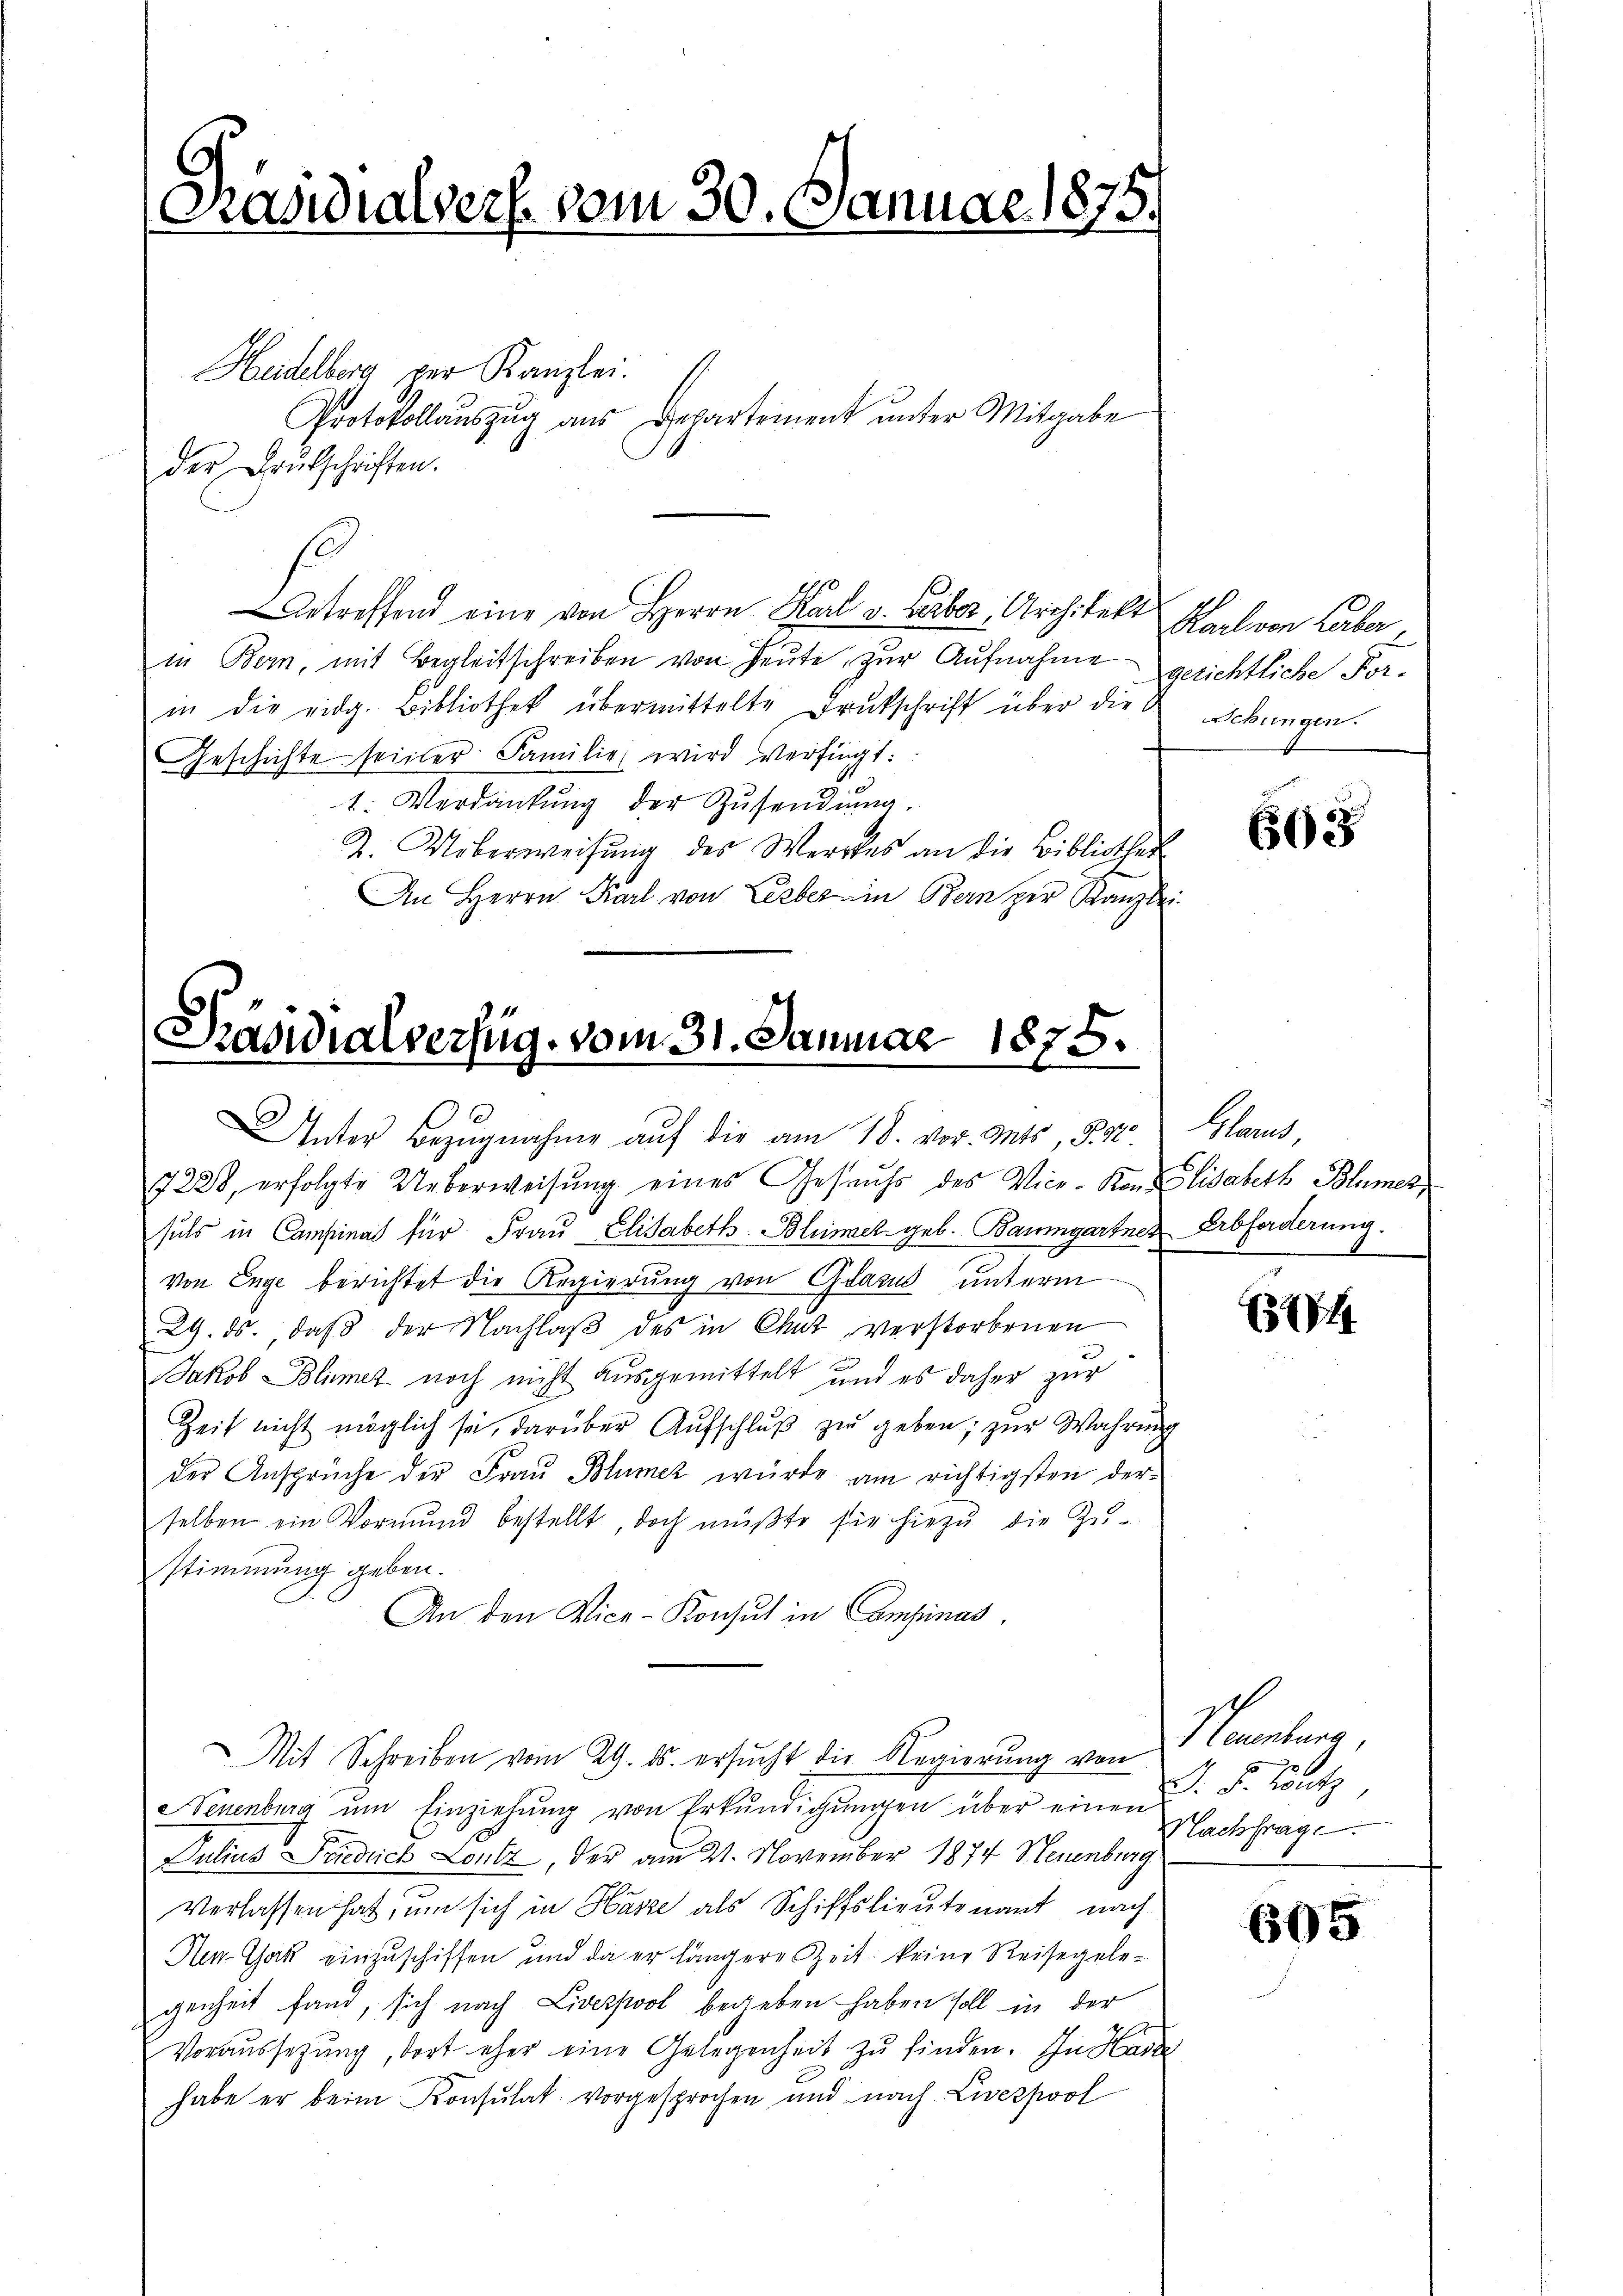
[Präsidialverf. vom 30. Januar 1875.

Heidelberg per Kanzlei.
Protokollaŭszŭg aŭs Departement ŭnter Mitgabe
der Drukschriften.
betreffend eine von Herrn Karl v. Leiber, Architekt Karl von Leber,
in Bern, mit Begleitschreiben von Heute, zur Aufnahme
in die eidg. Bibliothek übermittelte Drukschrift über die Gebungen.
Geschichte seiner Familie wird verfügt:
1
1. Verdankung der Zusendung.
Z. Ueberweisung des Werkes an die Bibliothek
An Herrn Karl von Leber in Bern per Kanzlei

Präsidialverfüg, vom 31. Januar 1875.
Unter Bezŭgnahme auf die am 18. vor. Mts., §. 2.

7228, erfolgte Ueberweisung eines Gesuchs des Vice-Kon Elisabeth Blumet,
suls in Campinat für Fraŭ Elisabeth Blümer geb. Baumgartner Erbforderung.
Von Enge berichtet die Regierung von Glarus unterm
29. ds., daβ der Nachlaβ des in Chut verstorbenen
Jakob Blümer noch nicht ausgemittelt und es daher zur
Zeit nicht möglich sei, darüber Aufschluß zu geben; zur Wahrung
der Ansprüche der Frau Blümer wurde am richtigsten derselben ein Vormund bestellt, doch müßte für hiezu die Zu-
stimmung geben.
An den Vice-Konsul in Campinas.
Mit Schreiben vom 29. ds. ersucht die Regierung von Neuenburg
Neuenburg ŭm Einziehŭng von Erkŭndigŭngen über einen
Julius Friedrich Loitz, der am 21. November 1874 Neuenburg
verlassen hat, um sich in Hasse als Schiffslieutenant nach
HenChak einzuschiffen und da er längere Zeit keine Reisegelegenheit fand, sich nach Liverpool begeben haben soll in der
A
Voraussetzung, dort eher eine Gelegenheit zŭ finden. In Hase
habe er beim Konsultat vorgesprochen und nach Liverpool

gerichtliche For-

65625

Stand

1344

.
J. F. Lantz,
Machfrage.

605